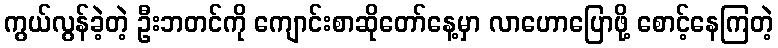
ကွယ်လွန်ခဲ့တဲ့ ဦးဘတင်ကို ကျောင်းစာဆိုတော်နေ့မှာ လာဟောပြောဖို့ စောင့်နေကြတဲ့